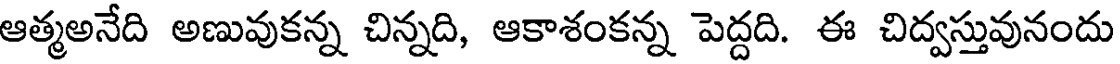
ఆత్మఅనేది అణువుకన్న చిన్నది, ఆకాశంకన్న పెద్దది. ఈ చిద్వస్తువునందు